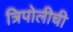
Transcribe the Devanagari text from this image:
त्रिपोलीची